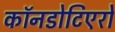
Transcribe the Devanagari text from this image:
कॉनडोटिएरो